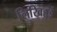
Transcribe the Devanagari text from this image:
लिखिहुई